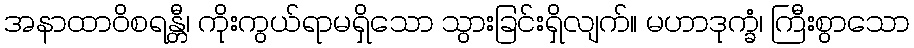
အနာထာဝိစရန္တီ၊ ကိုးကွယ်ရာမရှိသော သွားခြင်းရှိလျက်။ မဟာဒုက္ခံ၊ ကြီးစွာသော